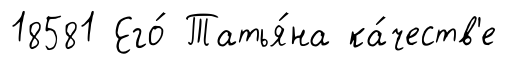
18581 Его́ Татья́на ка́честв'е